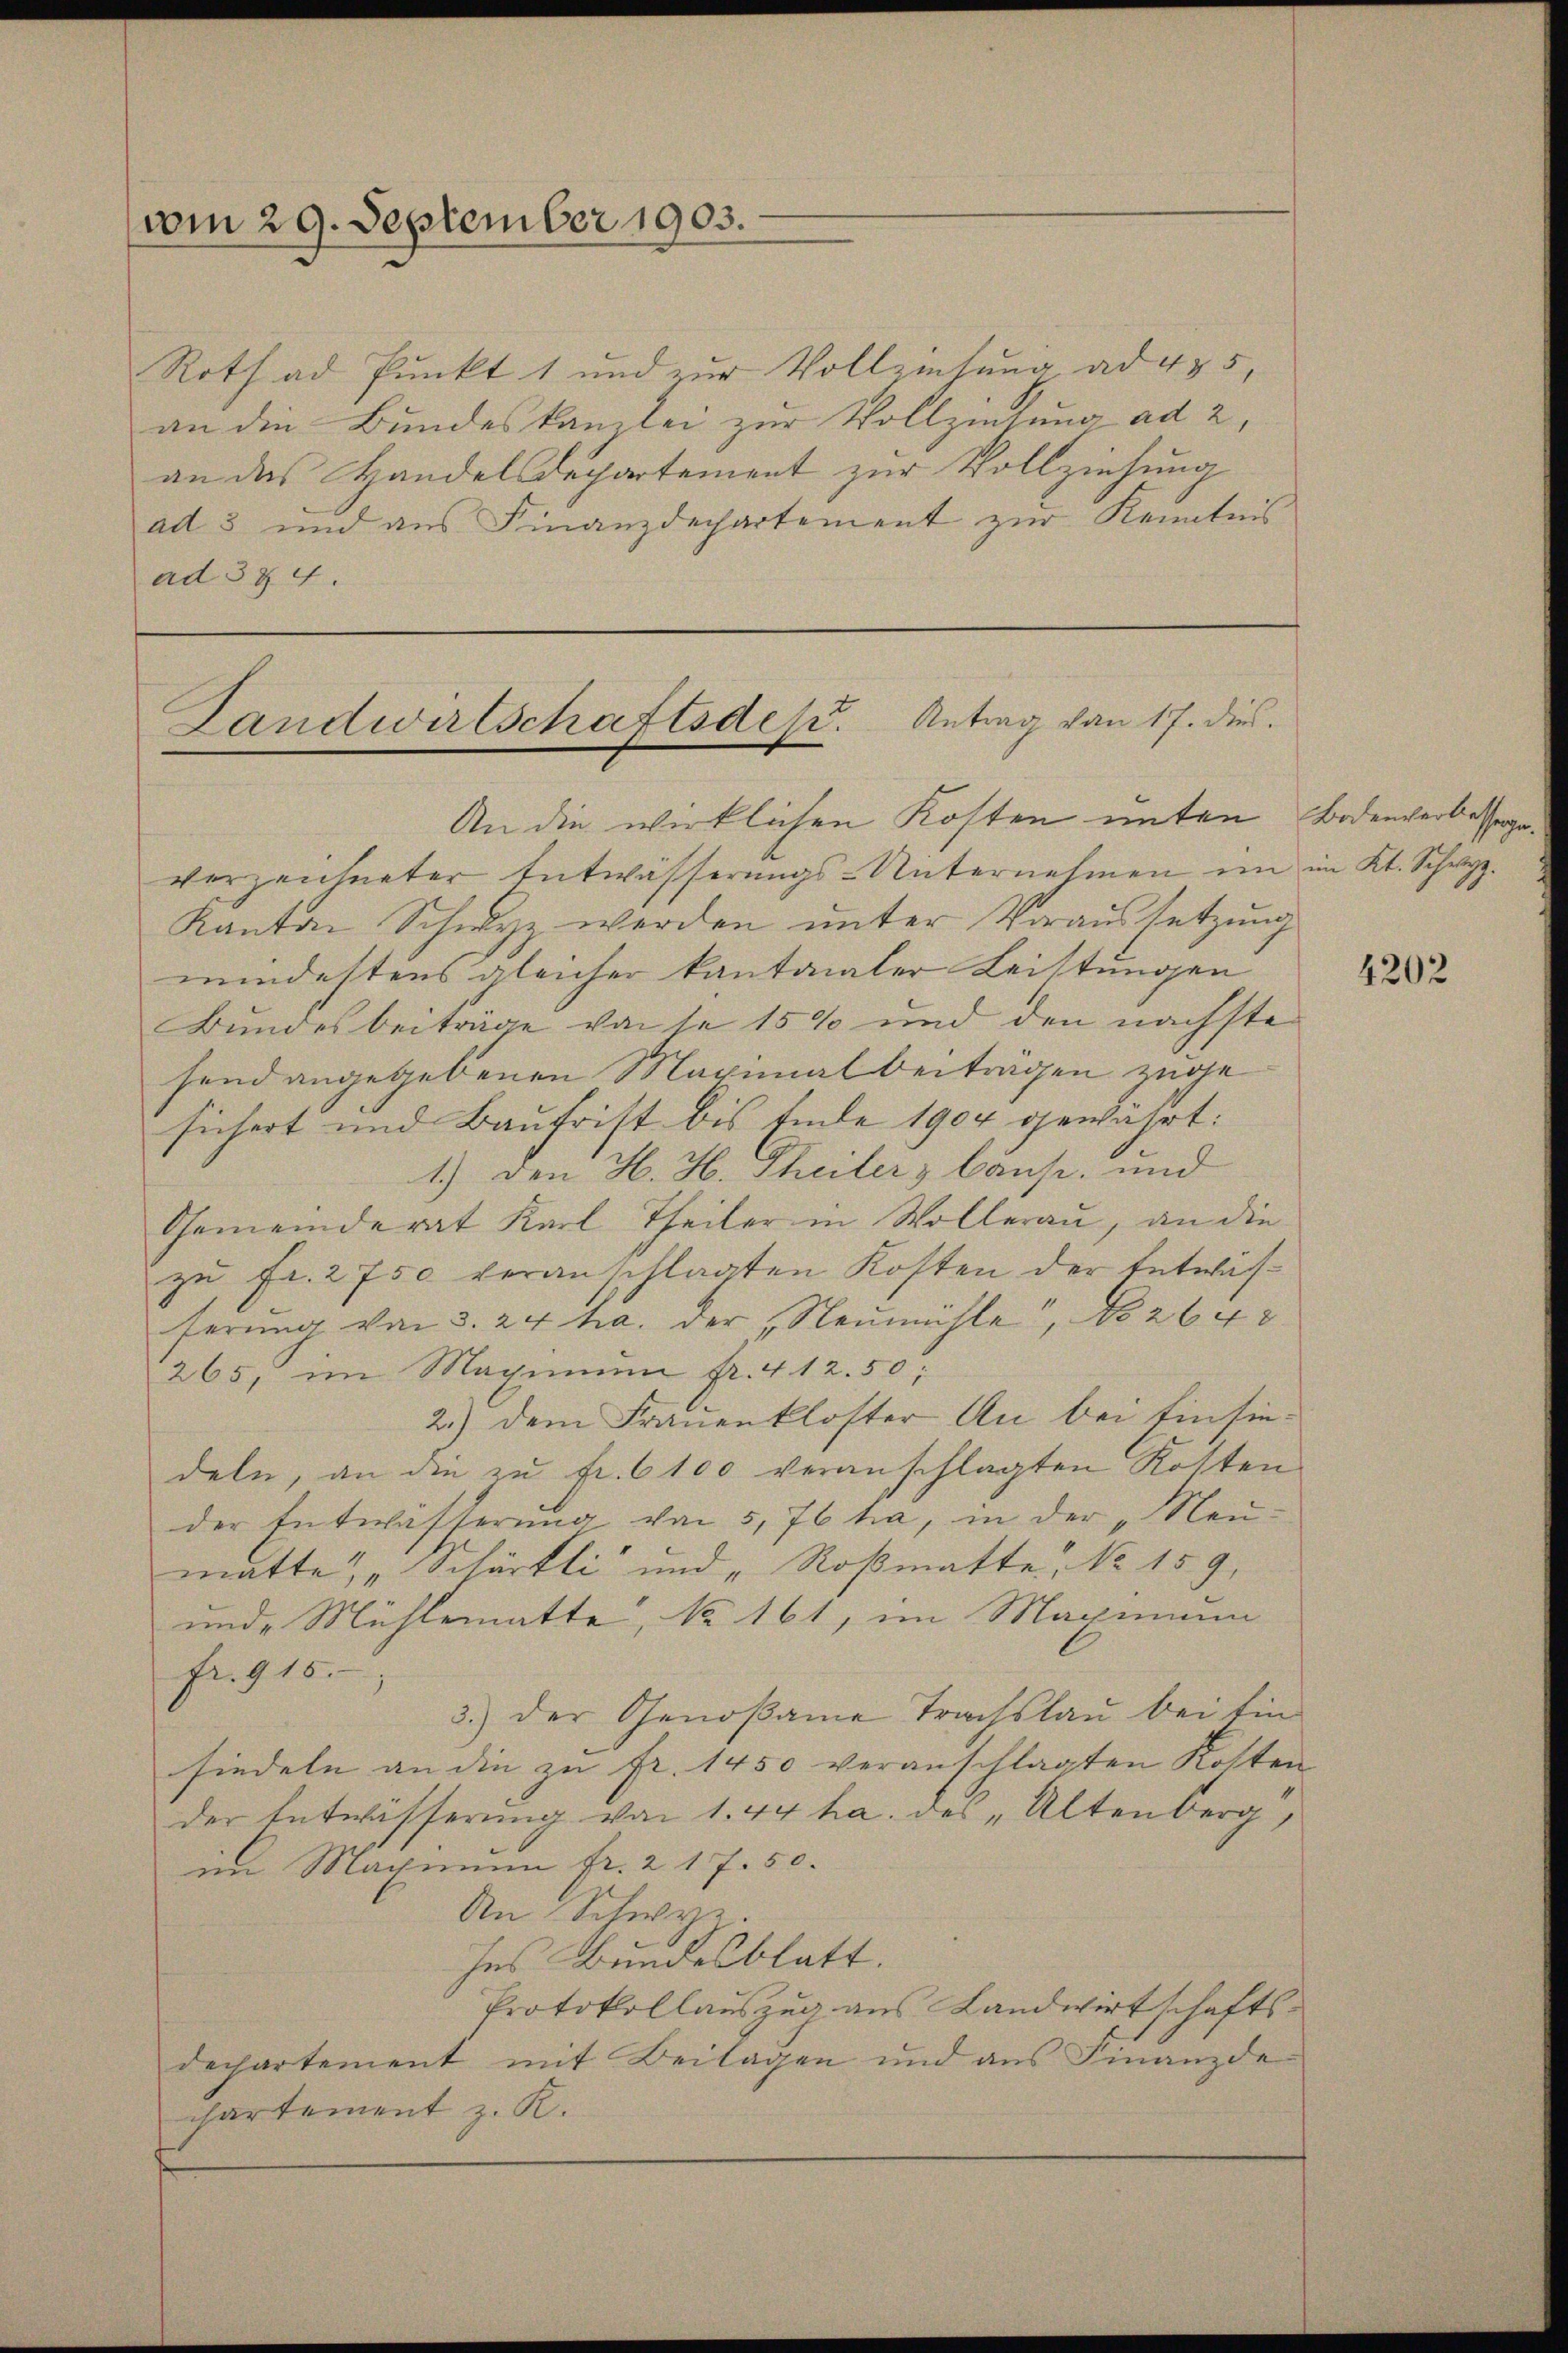
vom 29. September 1903.

Roth ad Punkt 1 und zur Vollziehung ad 455,
an die Bundeskanzlei zur Vollziehung ad 2,
an das Handelsdepartement zur Vollziehung
ad 3 und aus Finanzdepartement zur Kenntnis
ad 384.

Landwirtschaftsdek. Antrag von 17. dies
An die wirklichen Kosten unten Bodenverbesserge¬

vorzeichneter Entwässerungs-Unternehmen im im Kt. Schwyz.
Kanton Schwyz werden unter Voraussetzung
mindestens gleicher kantonaler Leistungen
Bundesbeiträge von se 15% und den nächste
send angegebenen Maximalbeiträgen riche
sichert und Baufritt bis Ende 1904 gewährt:
1.) Den H. H. Theiler & Caus, und
Gemeinderat Karl Theiler in Wollerau, an die
zŭ fr. 2750 veranschlagten Kosten der Entwisferŭng von 3. 24 ha. der „Neŭmühle, No 2640
265, im Maximum fr. 412.50.
2.) dem Frauenkloster An bei Einsiedeln, an die zu fr. 6100 veranschlagten Kosten
der Entwässerung von 5, 76 ha, in der „Neumatte, „Schärtli und „Roßmatte, No 159,
unde Mühlematte, No 161, im Maximum
fr. 915.
3.) Der Genoßame Trachslau bei Ein-
siedeln an die zu fr. 1450 veranschlagten Kosten
der Entwässerung von 1. 44 ha. des „Altenberg,
im Machimum fr. 217. 50.
An Schwyz
ses Bundesblatt.
Protokollauszug aus Landwirtschafts-
dechartement mit Beilagen und aus Finanzde-
chartement z. R.

t

4202